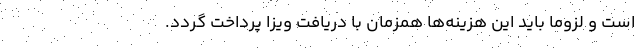
است و لزوماً باید این هزینه‌ها همزمان با دریافت ویزا پرداخت گردد.